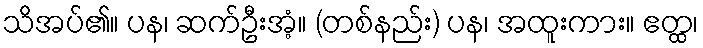
သိအပ်၏။ ပန၊ ဆက်ဦးအံ့။ (တစ်နည်း) ပန၊ အထူးကား။ ဧတ္ထ၊